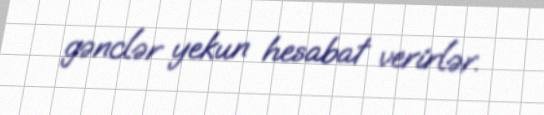
gənclər yekun hesabat verirlər.